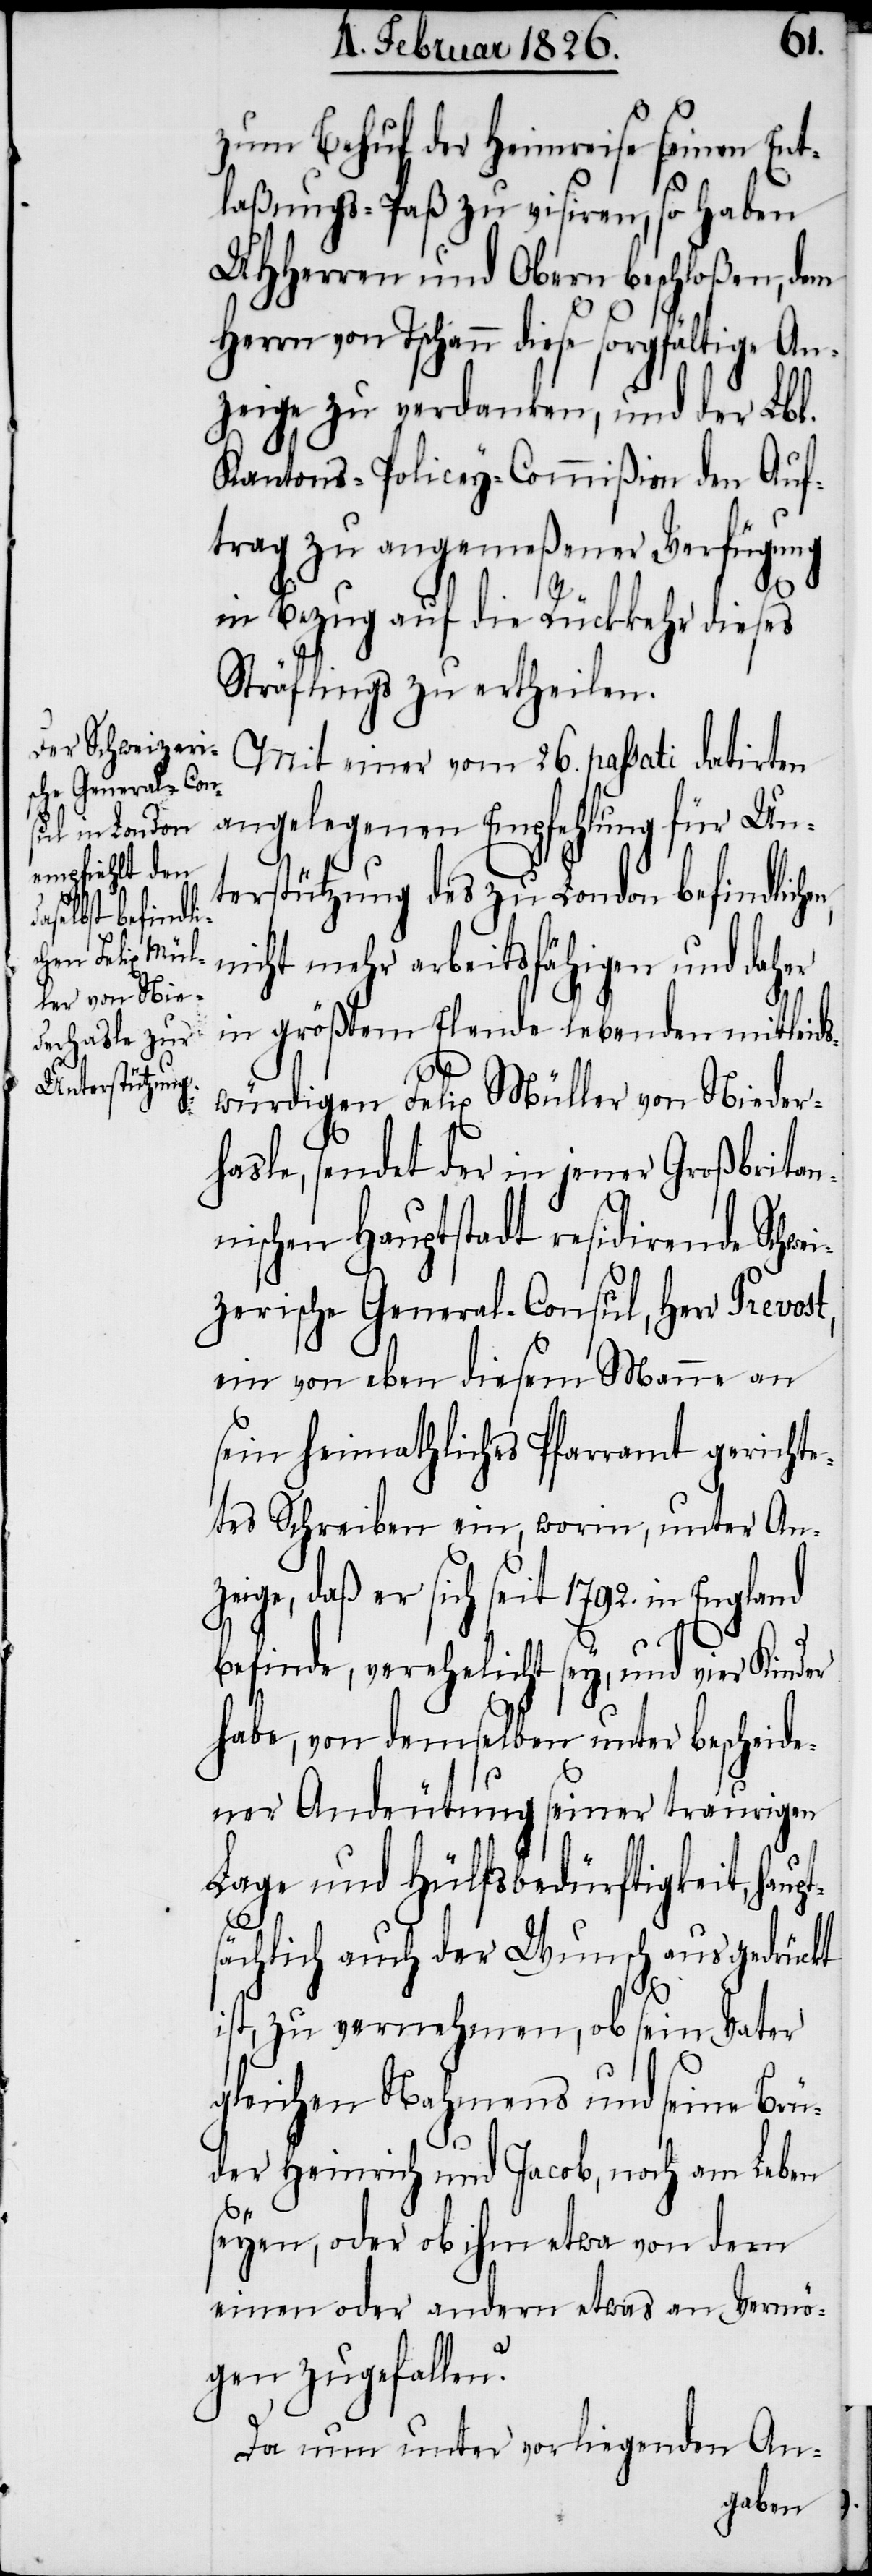
Ent¬
zum Behuf der Heimreise seinen
laßungs-Paß zu visiren, so haben
UHHerren und Obern beschloßen, dem
Herrn von Tschann diese sorgfältige An¬
zeige zu verdanken, und der Lbl.
Kantons-Policey-Commißion den Auf¬
trag zu angemeßener Verfügung
in Bezug auf die Rückkehr dieses
Sträflings zu ertheilen.
Mit einer vom 26. passati datirten
angelegenen Empfehlung für Un¬
terstützung des zu London befindliche¬
nicht mehr arbeitsfähigen und daher
in größtem Elende lebenden mitleids¬
würdigen Felix Müller von Nieder¬
hasle, sendet der in jener Großbritan¬
ischen Hauptstadt residirende Schwe¬
izerische General-Consul, Herr Prevos¬
ein von eben diesem Manne an
sein heimathliches Pfarramt gericht¬
etes Schreiben ein, worin, unter Anz¬
eige, daß er sich seit 1792. in England
n,
befinde, verehelicht sey, und vier Kinder
habe, von demselben unter bescheide¬
ner Andeutung seiner traurigen
Lage und Hülfsbedürftigkeit, haup¬
sächlich auch der Wunsch ausgedrückt
t¬
ist, zu vernehmen, ob sein Vater
gleichen Nahmens und seine Brü¬
der Heinrich und Jacob, noch am Leben
seyen, oder ob ihm etwa von dem
einen oder andern etwas an Vermö¬
gen zugefallen?
Da nun unter vorliegenden An-